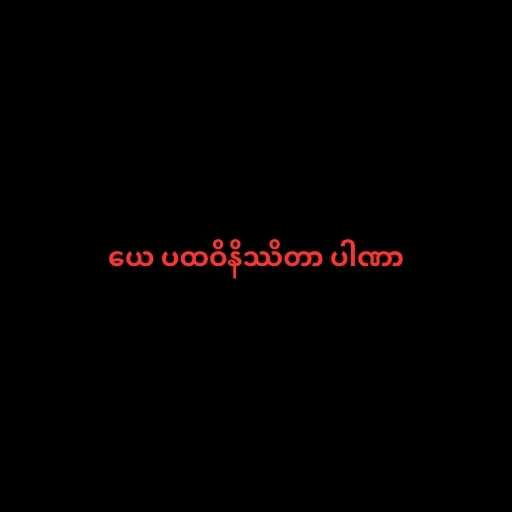
ယေ ပထဝိနိဿိတာ ပါဏာ